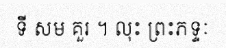
ទី សម គួរ ។ លុះ ព្រះភទ្ទៈ